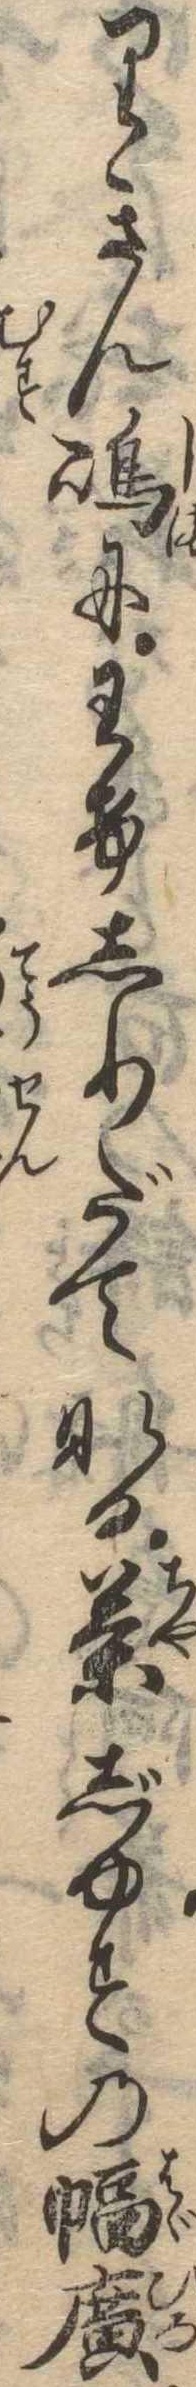
りきん島にわけしりだてなる茶じゆすの幅広